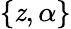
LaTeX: \{ \mathit{z},\alpha\}